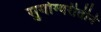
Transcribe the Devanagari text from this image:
सुयोग्यरीतीने